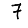
Digit: 7